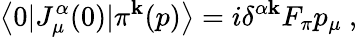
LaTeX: \left<0|J_{\mu}^{\alpha}(0)|\pi^{\mathbf{k}}(p)\right>=i\delta^{\alpha\mathbf{k}}F_{\pi}p_{\mu}\ ,